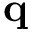
\mathbf q